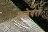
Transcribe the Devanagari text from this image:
फलेयरों